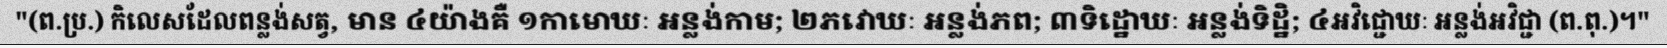
"(ព.ប្រ.) កិលេសដែលពន្លង់សត្វ, មាន ៤យ៉ាងគឺ ១កាមោឃៈ អន្លង់កាម; ២ភវោឃៈ អន្លង់ភព; ៣ទិដ្ឋោឃៈ អន្លង់ទិដ្ឋិ; ៤អវិជ្ជោឃៈ អន្លង់អវិជ្ជា (ព.ពុ.)។"